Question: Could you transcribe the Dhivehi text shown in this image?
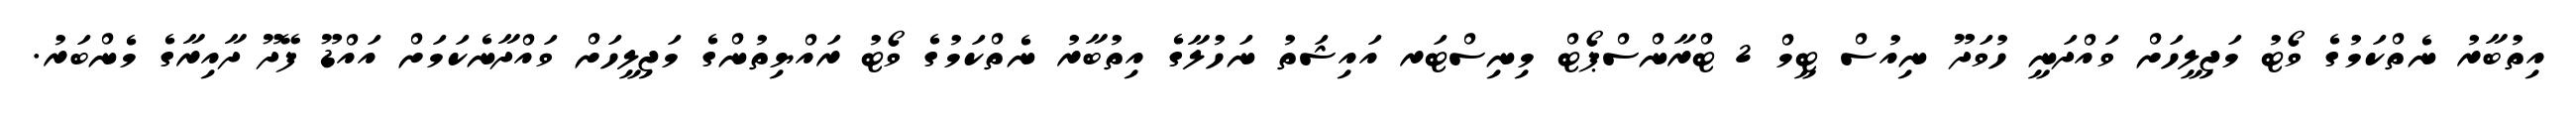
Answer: އިތުބާރު ނެތްކަމުގެ ވޯޓު މަޖިލީހަށް ވައްދަނީ ހުވަދޫ ނިއުސް ޓީމް 2 ޓްރާންސްޕޯޓް މިނިސްޓަރ އައިޝަތު ނަހުލާގެ އިތުބާރު ނެތްކަމުގެ ވޯޓު ރައްޔިތުންގެ މަޖިލީހަށް ވައްދާނެކަމަށް އައްޑޫ ފޭދޫ ދާއިރާގެ މެންބަރު.